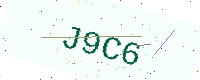
Text: J9C6